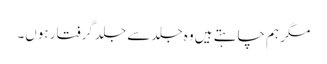
مگر ہم چاہتے ہیں وہ جلد سے جلد گرفتار ہوں۔